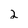
Character: 2